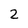
Character: 2